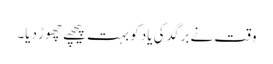
وقت نے برگد کی یاد کو بہت پیچھے چھوڑ دیا۔